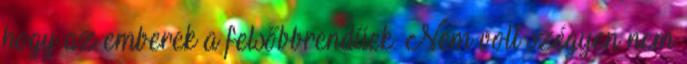
hogy az emberek a felsőbbrendűek. Nem volt szégyen nem